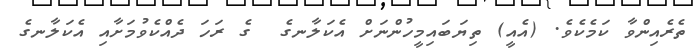
ތެރެއިންވާ ކަމެކެވެ. (އެއީ) ތިޔަބައިމީހުންނަށް އެކަލާނގެ  ގެ ރަހަ ދެއްކެވުމަށާއި އެކަލާނގެ